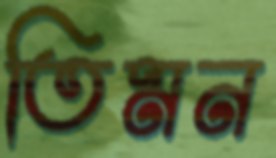
তিমন